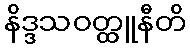
နိဒ္ဒသဝတ္ထူနီတိ